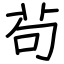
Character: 茍